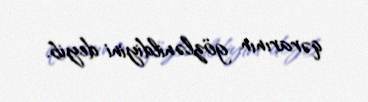
qərarının gözlənildiyini deyib.